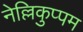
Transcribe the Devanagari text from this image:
नेल्लिकुप्पम